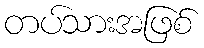
တပ်သားအဖြစ်